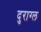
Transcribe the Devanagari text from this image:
दुराग्ल